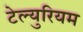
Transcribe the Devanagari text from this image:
टेल्युरियम